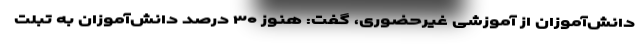
دانش‌آموزان از آموزشی غیرحضوری، گفت: هنوز ۳۰ درصد دانش‌آموزان به تبلت